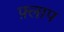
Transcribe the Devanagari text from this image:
फ़्लाप